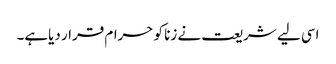
اسی لیے شریعت نے زنا کو حرام قرار دیاہے۔